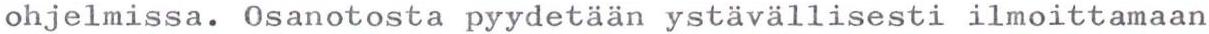
ohjelmissa. Osanotosta pyydetään ystävällisesti ilmoittamaan